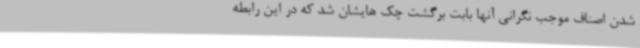
شدن اصناف موجب نگرانی آنها بابت برگشت چک هایشان شد که در این رابطه